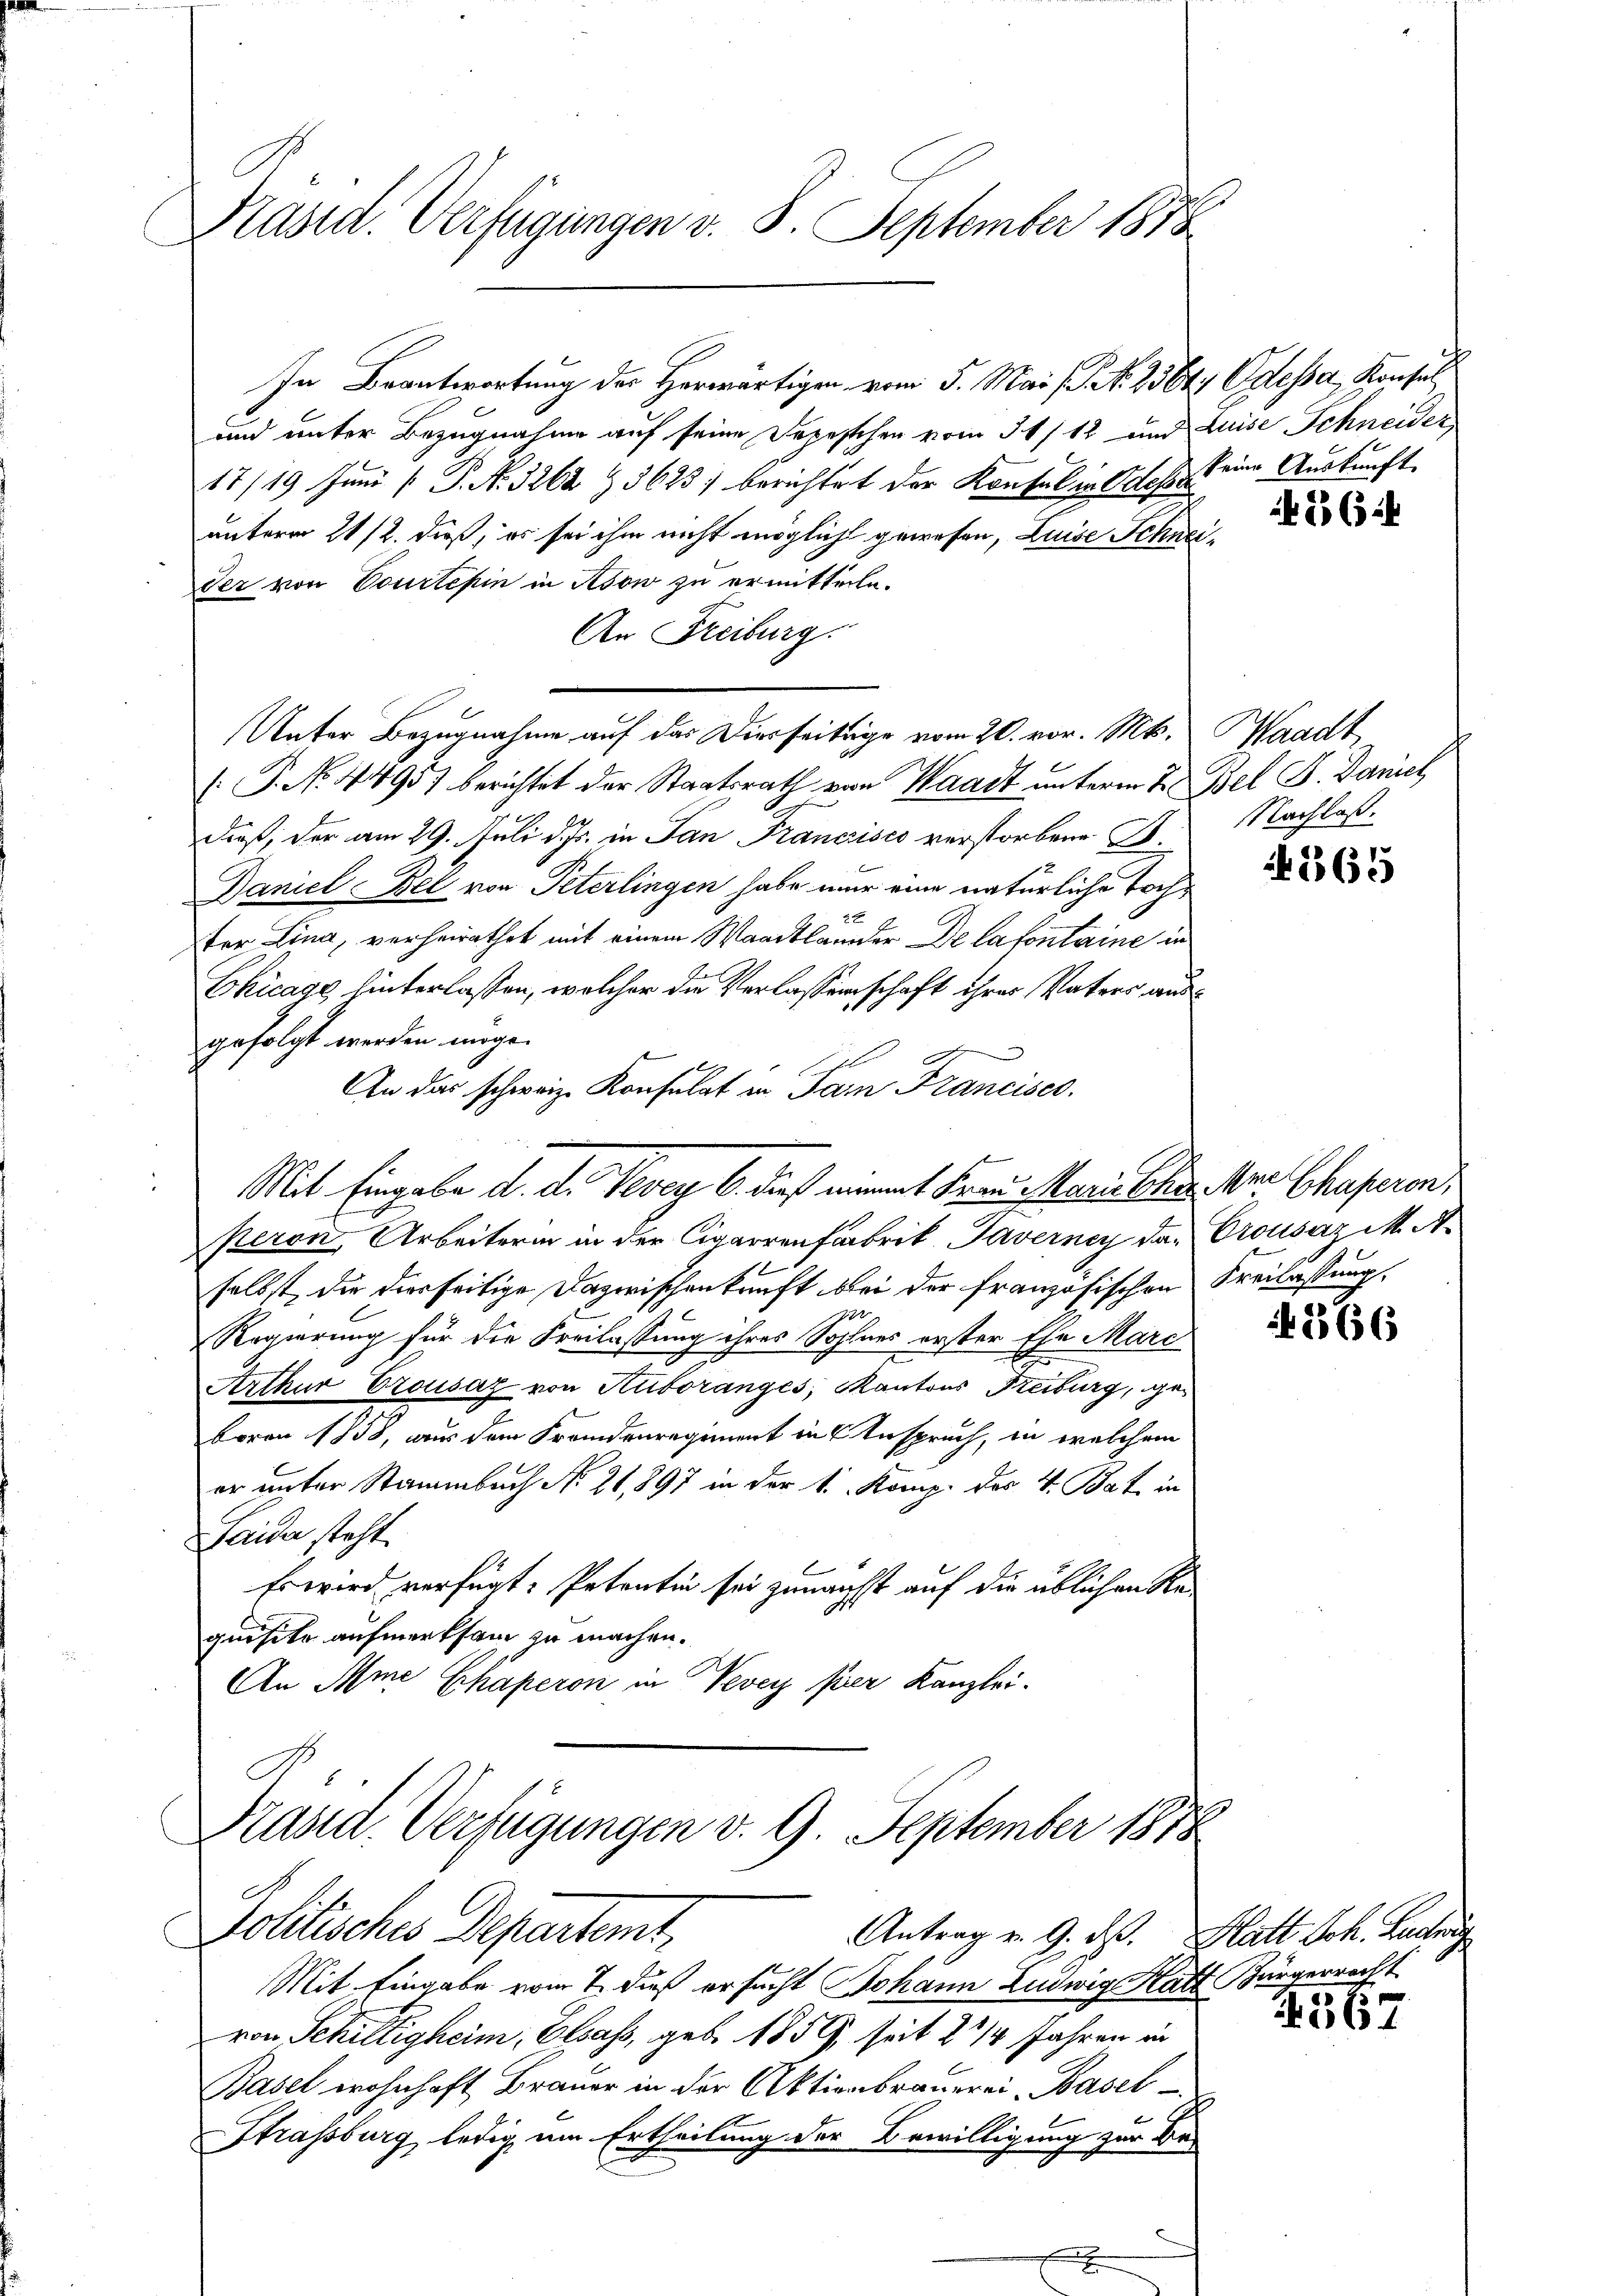
Präsid. Verfügungen v. 8. September 1878

In Beantwortung der Herwärtigen vom 5. Mai  N. 2561) Odessa, Konsul
und unter Bezugnahme auf seine Sapestehen vom 30/12 und Luise Schneider
17/19. Juni [ P. Nr. 3262 § 3623) berichtet der Konsul in Odessa keine Auskunft.
unterm 21/2. dieß, er sei ihm nicht möglicht gewesen, Luise Schneider von Courtepin in Asow zu ermitteile.
An Freiburg.
Unter Bezugnahme auf das Diesseitige vom 20. vor. Mts. Waadt
P. No. 4495) berichtet der Staatsrath von Waadt unterm 2. Bel F. Danich
dieß, der am 29. Juli d. Js. in San Francisco verstorbene B.
Daniel Bel von Peterlingen habe nur eine natürliche Toch¬
2
ter Lina, verheirathet mit einem Waadtlander De lafontaine in
Chicage hinterlassen, welcher die Verlassenschaft ihrer Vaters ausgefolgt werden möge.
An das schweiz. Konsulat in Sam Francisce
Mit Eingabe d. d. Vevey 6. dieß nimmt Frei Marien Chor der Chaperon
peron Arbeiterin in der Cigarrenfabrik Taverney das Crousaz M. A.
selbst, die dierseitige Dazwischenkunft bei der französischen Freilassung,
10
Regierung für die Freilassung ihres Sohlnes erster Ehe Marc
Arthur Erousaz von Huboranges, Kantons Freiburg, ge¬
Bovon 1858, nur dem Fremdenregiment in Anspruch, in welchem
er unter Stammbach No. 21,897 in der 1. Komp. des 4. Bat in
Saida steht.
Es wird verfügt: Petentin sei zunächst auf die üblichen Requisite aufmerksam zu machen.
An Ame Chaperon in Vevey per Kanzlei.

Präsid. Verfügungen v. 9. September 181
Politisches Departemt,
Antrag v. 9. d. Hatt Joh. Buch

Mit Eingabe vom 7. dieß ersucht Johann Ludwig Halt Bürgerrecht
von Schiltigheim, Olsass, geb. 1859, seit 2 3/4 Jahren in
Basel wohnhaft Brauer in der Aktienbrauerei Basel
b
Strassburg, ledig um Ertheilung der Bewilligung zur Be-

56

Nachlaß.

Ao 1865

A 266

4567